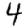
Digit: 4